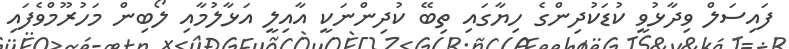
ފައިސަލް ވިދާޅުވީ ކުޑަކުދިންގެ ހިޔާގައި ތިބޭ ކުދިންނަކީ އާއިލީ އަޅާލުމާއި ލޯބިން މަހުރޫމްވެފައި